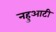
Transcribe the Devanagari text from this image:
नहुआटी